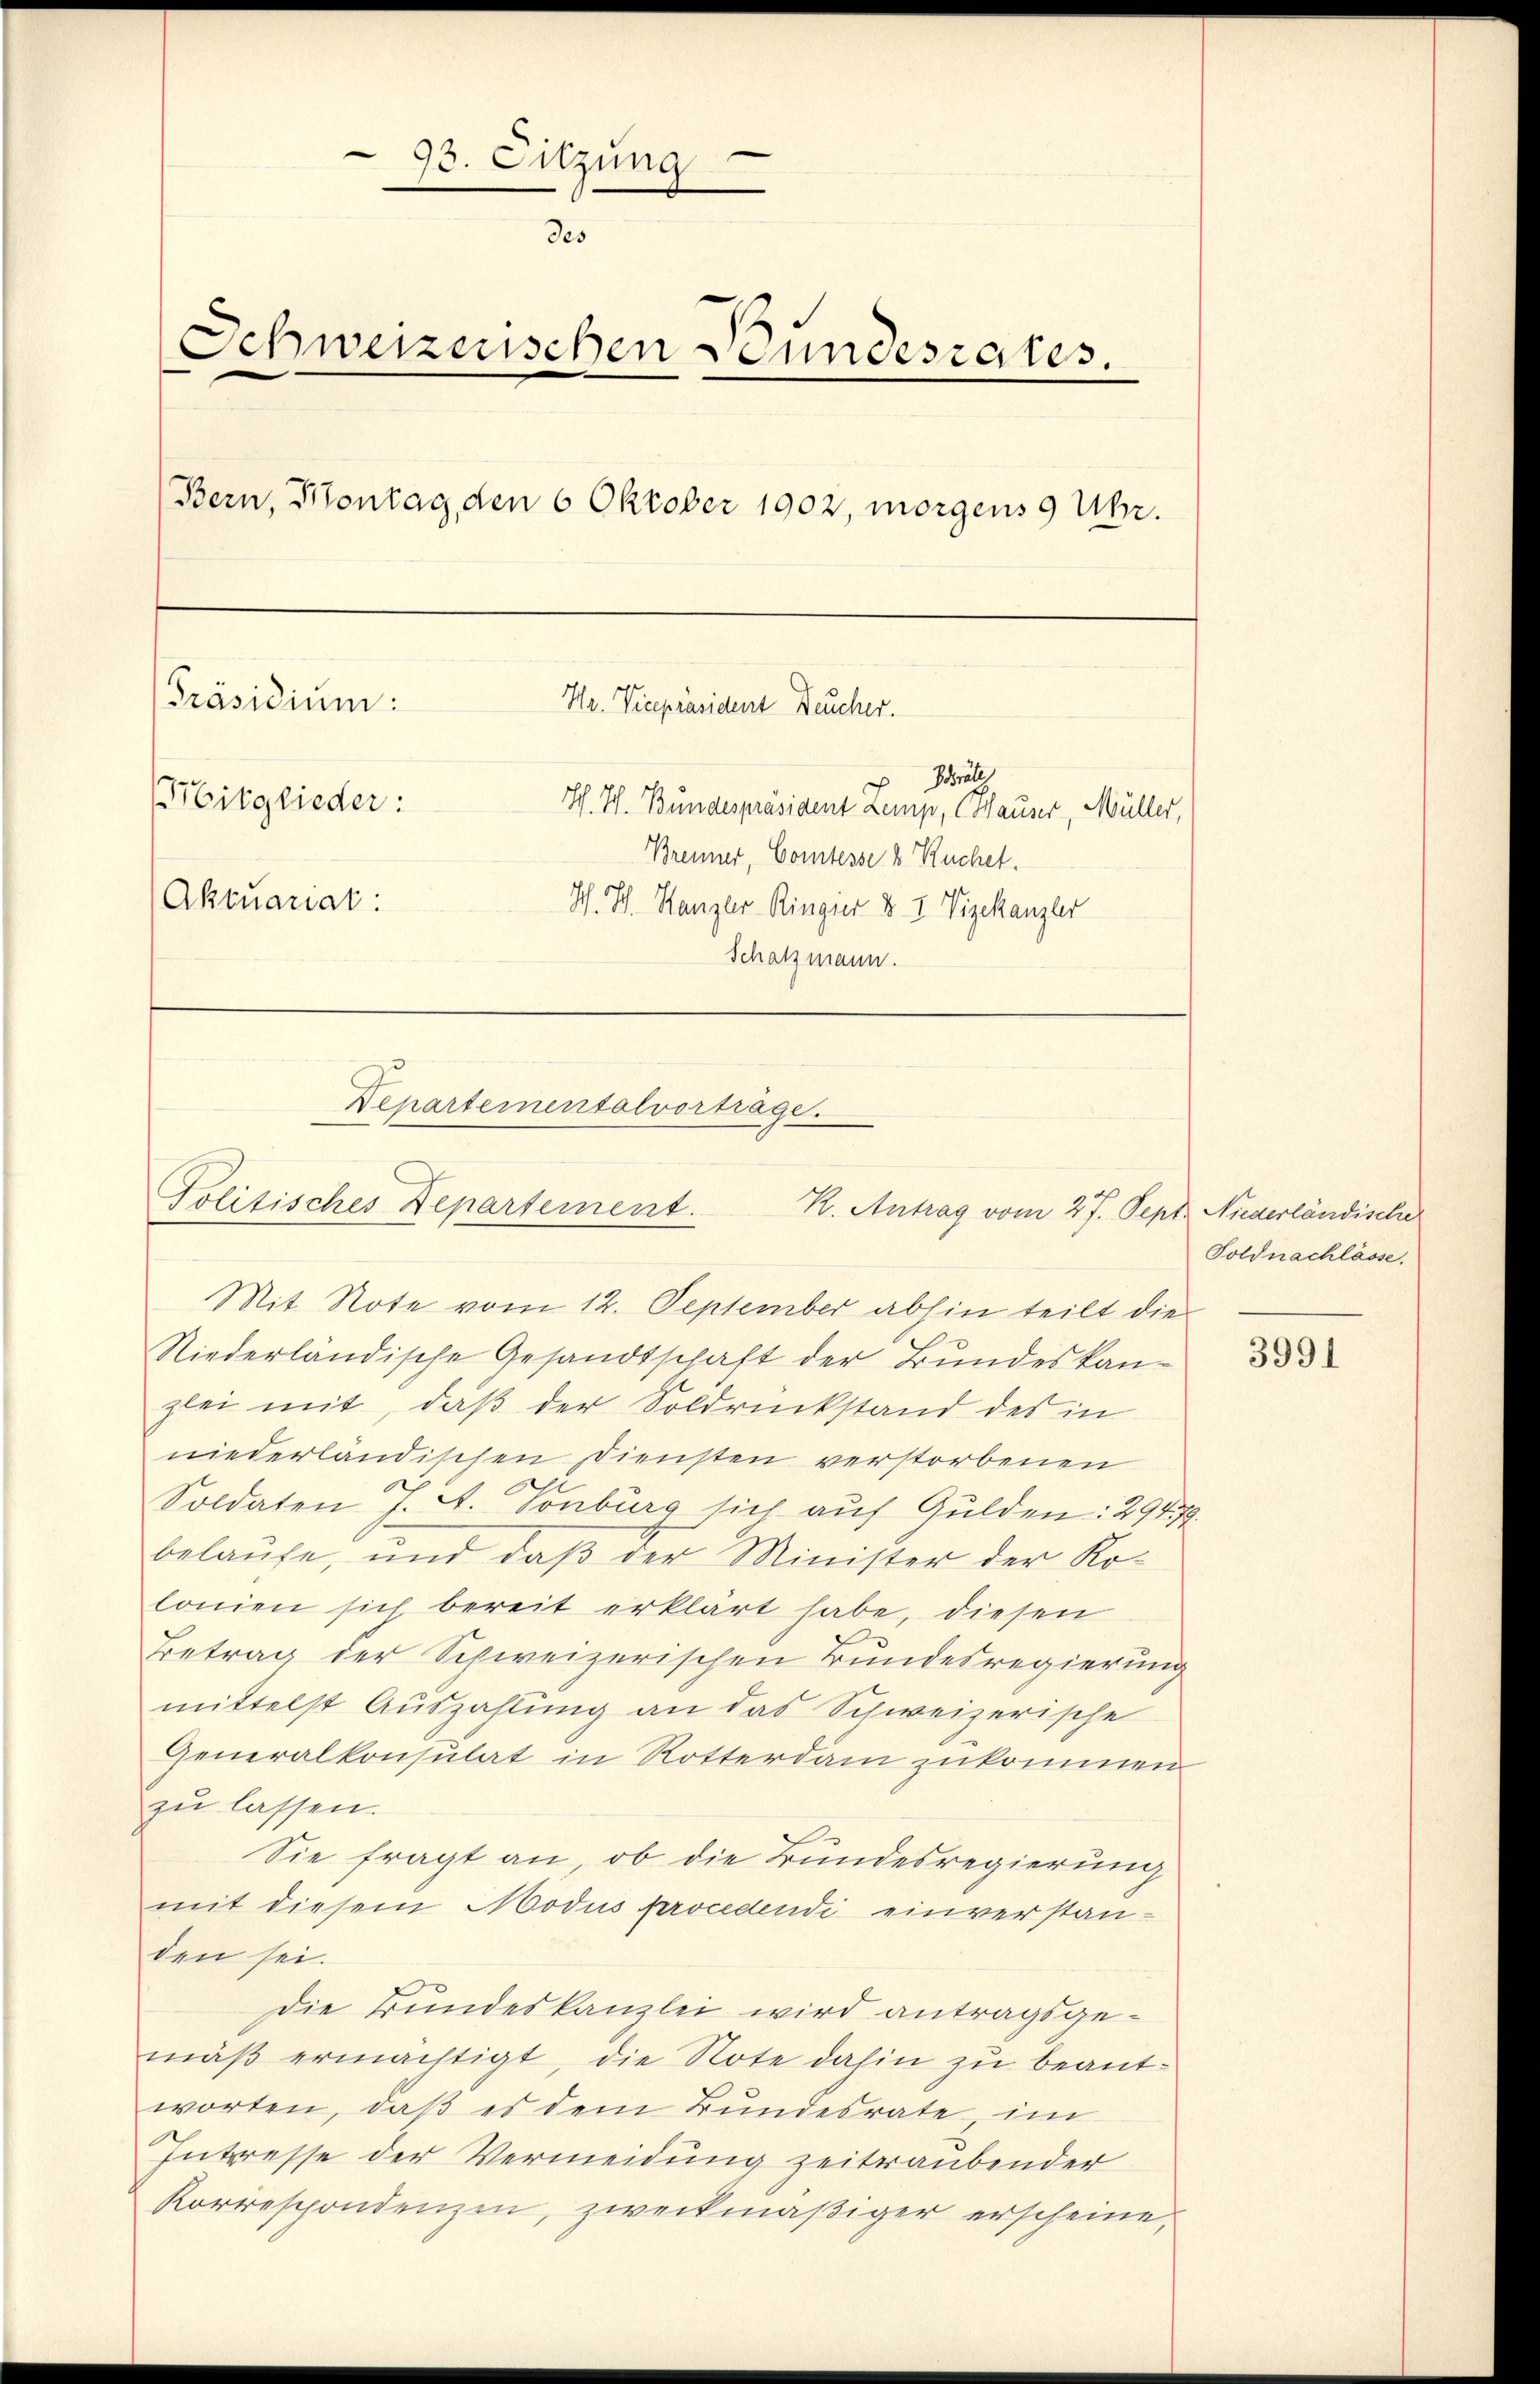
93. Sitzung
des
Schweizerischen Bundesrates.
(Bern, Montag, den 6 Oktober 1902, morgens 9 Uhr.
[Präsidium: Hr. Vicepräsident Feucher.
Präte
Mitglieder:
S. Th. Bundespräsident Zemp, (Hauser, Müller,
Brenner, Comtesse 8 Ruchet.
Aktuariat:
Sch. Hch. Kanzler Ringier v. 2. Vizekanzler
Schatzmann.

Mit Note vom 12. September abhin teilt die
Niederländische Gesandtschaft der Bundeskanzlei mit, daß der Soldrückstand des in
niederländischen Diensten verstorbenen
Soldaten & A. Vonburg sich auf Gulden: 29479.
belaufe, und daß der Minister der Ko-
lonien sich bereit erklärt habe, diesen
Betrag der Schweizerischen Bundesregierung
mittelst Auszahlung an das Schweizerische
Generalkonsulat in Rotterdam zukommen
zu lassen.
Sie fragt an, ob die Bundesregierung
mit diesem Modus procedendi einverstanden sei.
Die Bundeskanzlei wird antragsgemäß ermächtigt, die Note dahin zu beantworten, daß es dem Bundesrate, im
Interesse der Vermeidung zeitraubender
Korrespondenzen, zweckmäßiger erscheine,

Departemensalvortrage.
Politisches Departement. K. Antrag vom 27. Sept. Niederländische

Soldnachlässe

3991